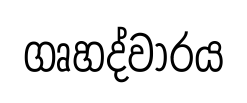
ගෘහද්වාරය